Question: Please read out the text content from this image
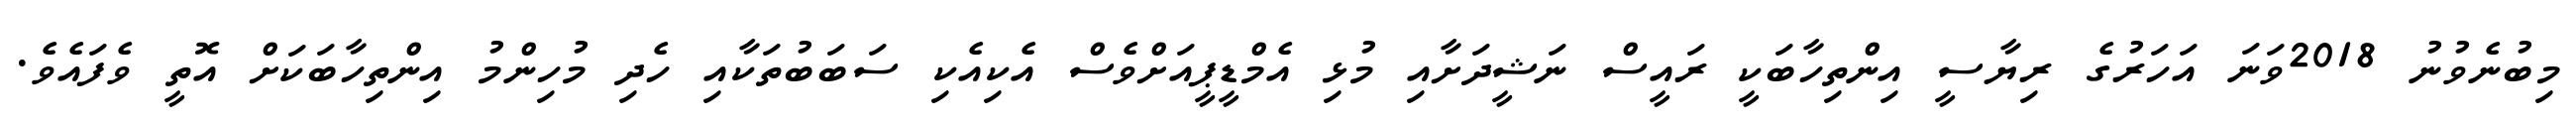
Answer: މިބުނެވުނު 2018ވަނަ އަހަރުގެ ރިޔާސީ އިންތިހާބަކީ ރައީސް ނަޝީދަށާއި މުޅި އެމްޑީޕީއަށްވެސް އެކިއެކި ސަބަބުތަކާއި ހެދި މުހިންމު އިންތިހާބަކަށް އޮތީ ވެފައެވެ.